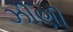
ઝીણી